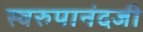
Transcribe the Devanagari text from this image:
स्वरुपानंदजी